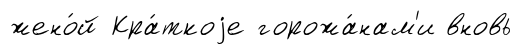
жено́й Кра́ткоjе горожа́нам'и вновь